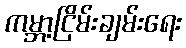
ကမ္ဘာ့ငြိမ်းချမ်းရေး